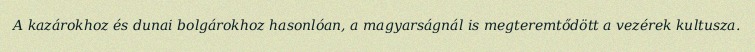
A kazárokhoz és dunai bolgárokhoz hasonlóan, a magyarságnál is megteremtődött a vezérek kultusza.